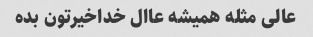
عالی مثله همیشه عاال خداخیرتون بده